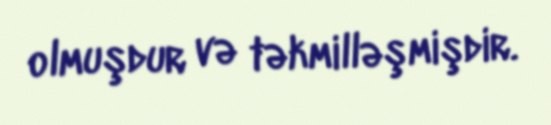
olmuşdur və təkmilləşmişdir.